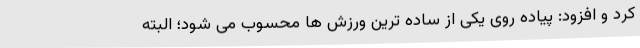
کرد و افزود: پیاده روی یکی از ساده ترین ورزش ها محسوب می شود؛ البته